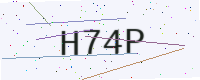
Text: H74P